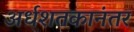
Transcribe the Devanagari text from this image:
अर्धशतकानंतर